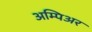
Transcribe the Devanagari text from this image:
अम्पिअर